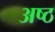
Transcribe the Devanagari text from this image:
अष्‍ठ